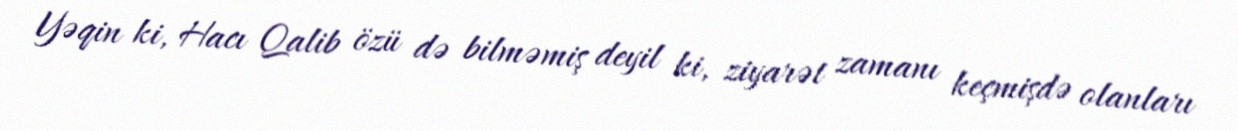
Yəqin ki, Hacı Qalib özü də bilməmiş deyil ki, ziyarət zamanı keçmişdə olanları